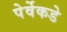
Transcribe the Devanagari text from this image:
पेर्वेकडे